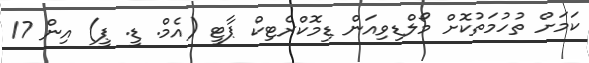
ކަމަށް ތުހުމަތުކޮށް މޯލްޑިވިއަން ޑިމޮކްރެޓިކް ޕާޓީ (އެމް. ޑީ. ޕީ) އިން 17